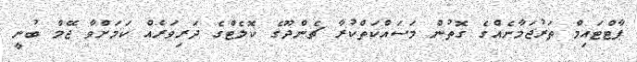
ޕާޓްޓައިމް ތަރުޖަމާނެއްގެ ގޮތުން މަސައްކަތްކުރާ ޗެންދޫގެ ކޮލެޓްގެ ދަރިވަރެއް ކަމަށްވާ ޖޭމް ބުނީ